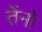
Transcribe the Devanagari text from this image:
तेंनो